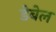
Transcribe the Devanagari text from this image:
डेबेल